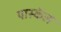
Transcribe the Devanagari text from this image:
पास्कॅल